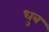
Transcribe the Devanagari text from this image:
धुब